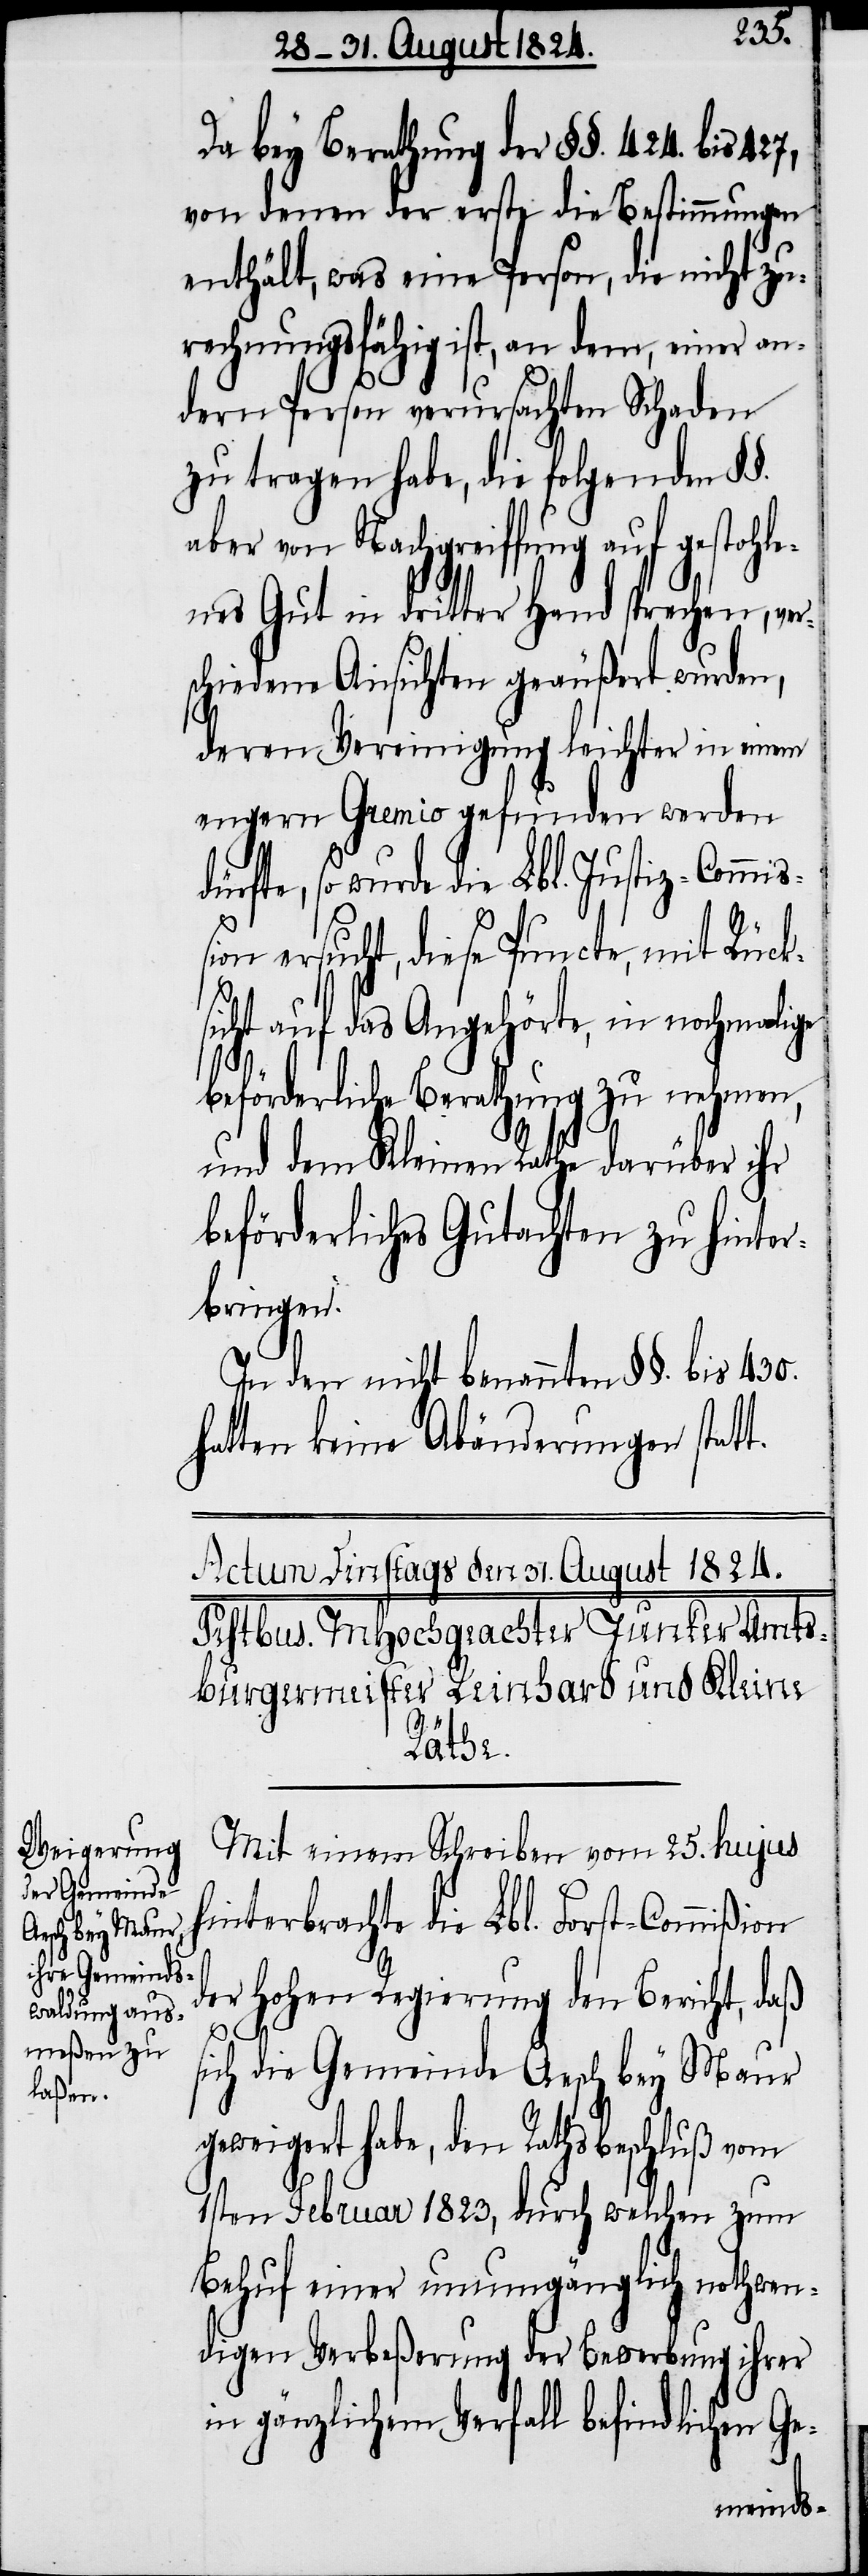
Da bey Berathung der §§. 424. bis 427,
von denen der erste die Bestimmungen
enthält, was eine Person, die nicht zu¬
rechnungsfähig ist, an dem, einer an¬
dern Person verursachten Schaden
zu tragen habe, die folgenden §§.
aber von Nachgreiffung auf gestohle¬
nes Gut in dritter Hand sprechen, ver¬
schiedene Ansichten geäußert wurden,
deren Vereinigung leichter in einem
engern Gremio gefunden werden
so wurde die Lbl. Justiz-Commi¬
ßion ersucht, diese Puncte, mit Rück¬
sicht auf das Angehörte, in nochmalige
beförderliche Berathung zu nehmen,
und dem Kleinen Rathe darüber ihr
beförderliches Gutachten zu hinter¬
bringen.
In den nicht benannten §§. bis 430.
hatten keine Abänderungen statt.
Mit einem Schreiben vom 25. hujus
hinterbrachte die Lbl. Forst-Commißion
der Hohen Regierung den Bericht, daß
sich die Gemeinde Aesch bey Maur
geweigert habe, den Rathsbeschluß vom
1sten Februar 1823, durch welchen zum
Behuf einer unumgänglich nothwen¬
digen Verbeßerung der Bewerbung ihrer
in gänzlichem Verfall befindlichen Ge-